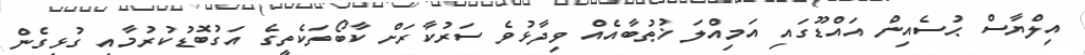
އިލްޔާސް ޙުސެއިން އައްޑޫގައި އަމިއްލަ ޚުޠުބާއެއް ވިދާޅުވެ ސަރުކާރަށް ކާބޯތަކެތީގެ އަގުބޮޑުކުރުމާއި ގުޅިގެން